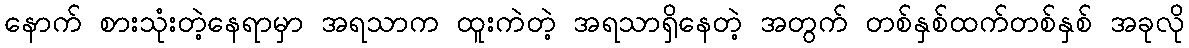
နောက် စားသုံးတဲ့နေရာမှာ အရသာက ထူးကဲတဲ့ အရသာရှိနေတဲ့ အတွက် တစ်နှစ်ထက်တစ်နှစ် အခုလို